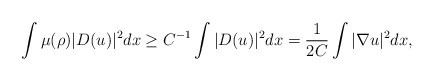
\begin{align*}\int \mu(\rho) |D(u)|^2 dx \ge C^{-1}\int |D(u)|^2 dx=\frac{1}{2C}\int |\nabla u|^2 dx,\end{align*}